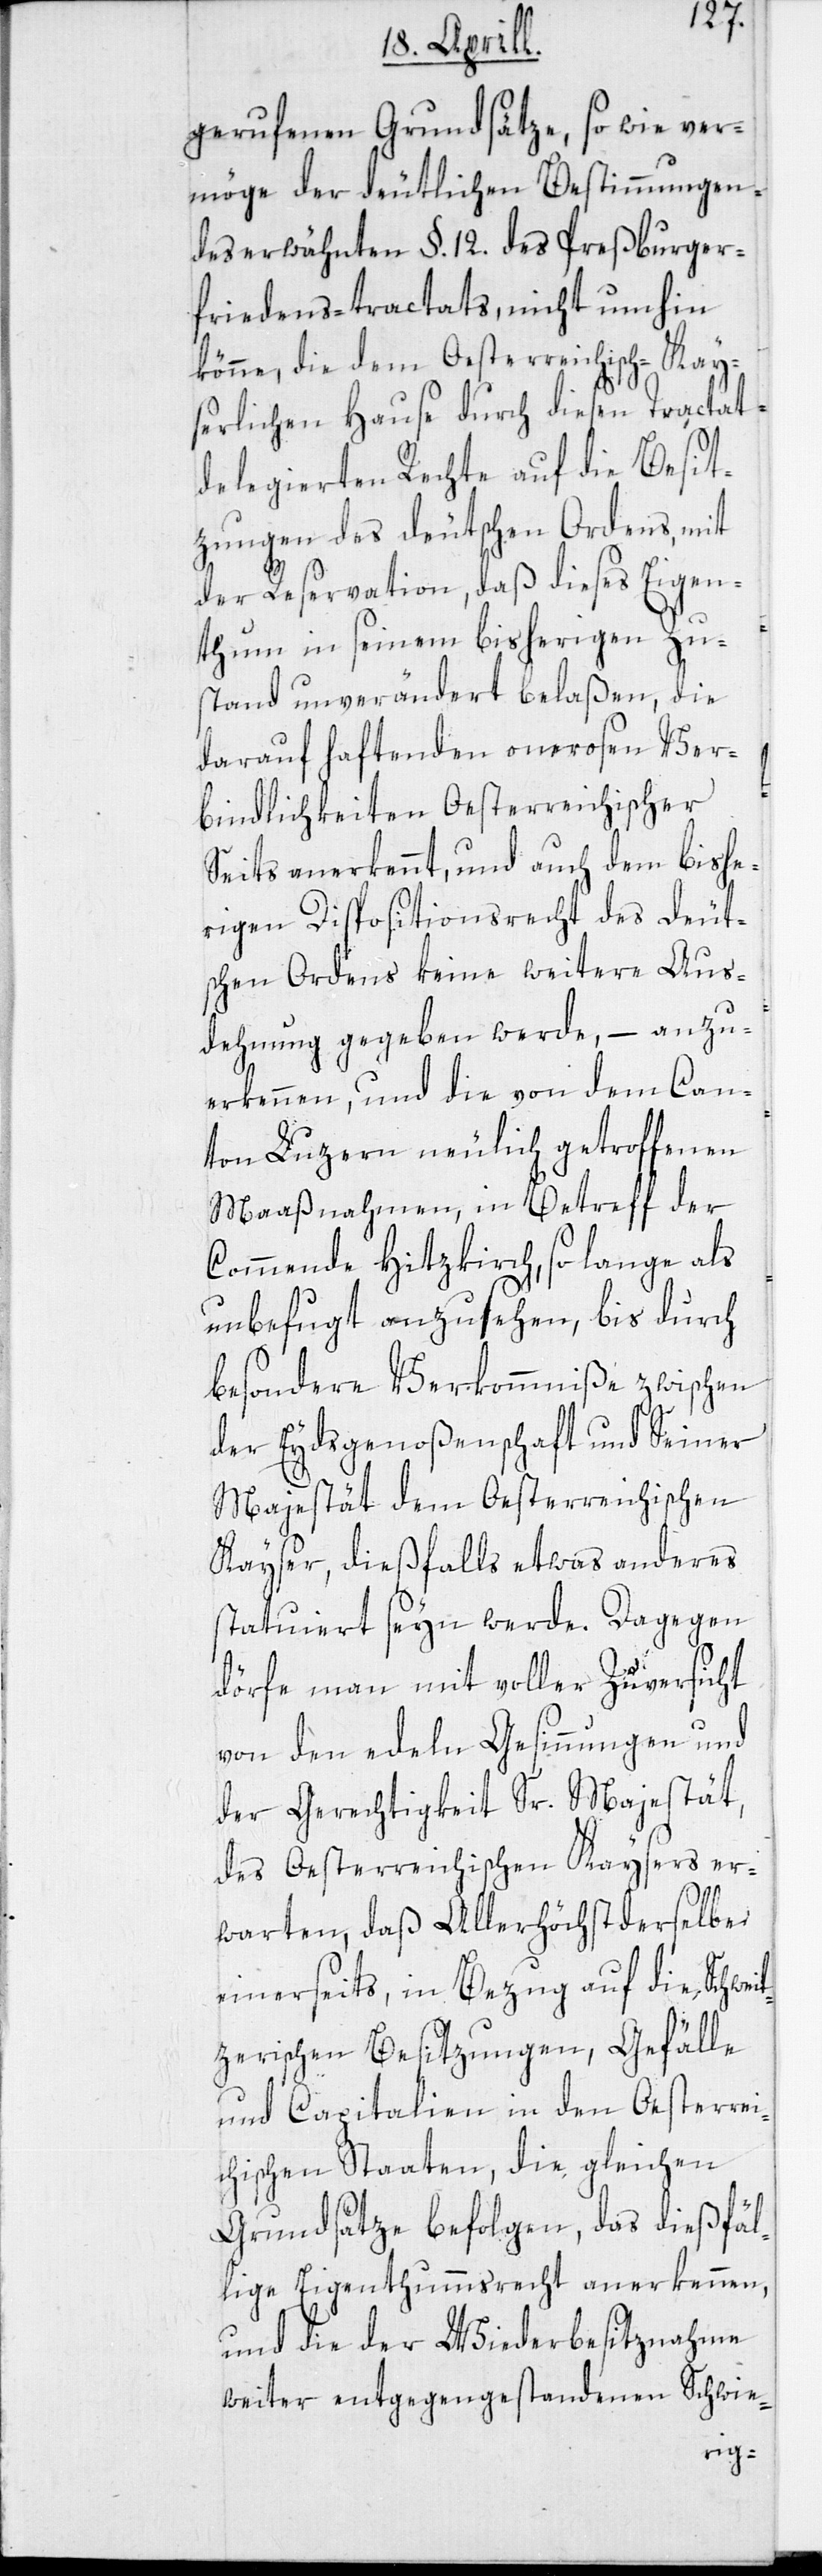
gerufenen Grundsätze, so wie ver¬
möge der deutlichen Bestimmungen
des erwähnten §. 12. des Preßburger¬
friedens-tractats, nicht umhin
könne, die dem Oesterreichisch-Kay¬
serlichen Hause durch diesen Tractat
delegierten Rechte auf die Besit¬
zungen des deutschen Ordens, mit
der Reservation, daß dieses Eigen¬
thum in seinem bisherigen Zu¬
stand unverändert belaßen, die
darauf haftenden onerosen Ver¬
bindlichkeiten Oesterreichischer
Seits anerkennt, und auch dem bishe¬
rigen Dispositionsrecht des deut¬
schen Ordens keine weitere Aus¬
dehnung gegeben werde, – anzu¬
erkennen, und die von dem Can¬
ton Luzern neulich getroffenen
Maaßnahmen, in Betreff der
Commende Hitzkirch, so lange als
unbefugt anzusehen, bis durch
besondere Verkommniße zwischen
der Eydsgenoßenschaft und Seiner
Majestät dem Oesterreichischen
Kayser, dießfalls etwas anderes
statuiert seyn werde. Dagegen
dörfe man mit voller Zuversicht
von den edeln Gesinnungen und
der Gerechtigkeit Sr. Majestät,
des Oesterreichischen Kaysers er¬
warten, daß Allerhöchst derselbe
einerseits, in Bezug auf die Schwei¬
tzerischen Besitzungen, Gefälle
und Capitalien in den Oesterrei¬
chischen Staaten, die gleichen
Grundsätze befolgen, das dießfäl¬
lige Eigenthumsrecht anerkennen,
und die der Wiederbesitznahme
weiter entgegengestandenen Schwie-